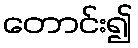
တောင်း၍